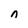
Character: n